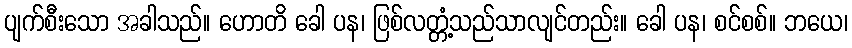
ပျက်စီးသော အခါသည်။ ဟောတိ ခေါ ပန၊ ဖြစ်လတ္တံ့သည်သာလျင်တည်း။ ခေါ ပန၊ စင်စစ်။ ဘယေ၊